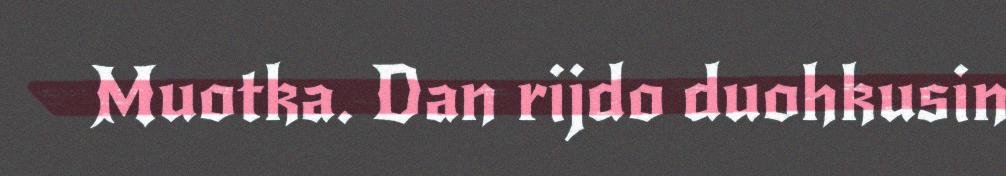
Muotka. Dan rijdo duohkusin